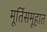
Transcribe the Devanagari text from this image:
मूर्तिसमूहात